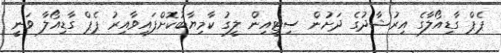
ޕެޕް ގާޑިއޯލާގެ އިރުޝާދުގެ ދަށުން ސިޓީއިން ލީގު ކާމިޔާބުކޮށްފައިވާއިރު ޕެޕް ގާޑިއޯލާ ވަނީ